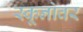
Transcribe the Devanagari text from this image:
स्कूनोवर